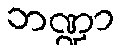
ဘဏ္ဍာ